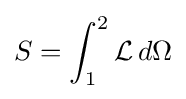
S=\int _{1}^{2}{\mathcal {L}}\,d\Omega